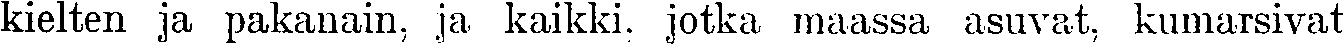
kielten ja pakanain, ja kaikki, jotka maassa asuvat, kumarsivat